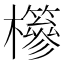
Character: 𣟹